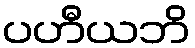
ပဟီယဘိ